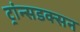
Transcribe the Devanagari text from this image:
ट्रांन्सडक्सन